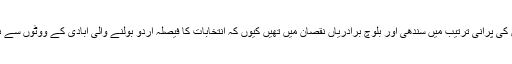
نشستوں کی پرانی ترتیب میں سندھی اور بلوچ برادریاں نقصان میں تھیں کیوں کہ انتخابات کا فیصلہ اردو بولنے والی آبادی کے ووٹوں سے ہوتا تھا۔